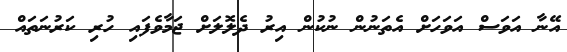
އޭނާ އަވަސް އަވަހަށް އެތަނުން ނުކުން އިރު ދެލޮލަށް ޖަމާވެފައި ހުރި ކަރުނަތައް